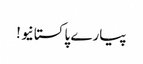
پیارے پاکستانیو !